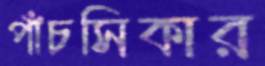
পাঁচসিকার